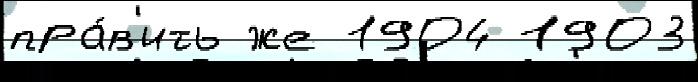
пра́в'ить же 1904 1903